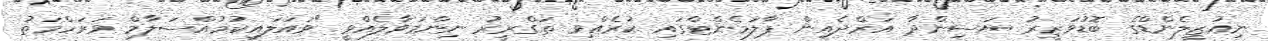
ނިއުޒީލެންޑްގެ ބޮޑުވަޒީރު ޔަސިންދާ އަރްދެއިން ޕާލަމެންޓްގައި ކުރެއްވި ތަގްރީރު ނިންމަވާލެއްވީ "ވައަލައިކުމުއްސަލާމް ވަރަހްމަތު